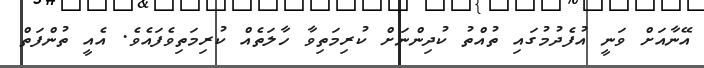
އޭނާއަށް ވަނީ އުފެދުމުގައި ތުއްތު ކުދިންނަށް ކުރިމަތިވާ ހާލަތެއް ކުރިމަތިވެފައެވެ. އެއީ ތުންފަތް